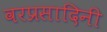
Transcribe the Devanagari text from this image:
वरप्रसादिनी